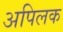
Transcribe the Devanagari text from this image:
अपिलक